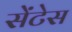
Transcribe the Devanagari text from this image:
सेंटेस